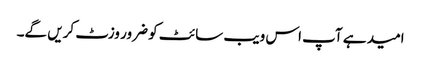
امید ہے آپ اس ویب سائٹ کو ضرور وزٹ کریں گے۔